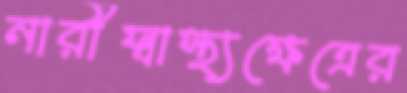
নারীস্বাস্থ্যক্ষেত্রের